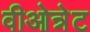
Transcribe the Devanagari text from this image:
वीओन्नेट